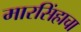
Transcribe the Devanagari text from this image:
मारसिंहाचा